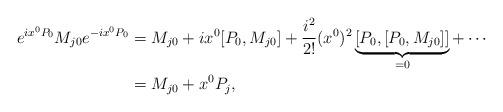
LaTeX: \begin{align*}e^{ix^{0}P_{0}}M_{j0} e^{-ix^{0}P_{0}}&=M_{j0}+ix^{0}[P_{0},M_{j0}]+\frac{i^2}{2!}(x^{0})^2\underbrace{ [P_{0},[P_{0},M_{j0}]]}_{=0}+\cdots\\&= M_{j0}+x^{0} P_{j}, \end{align*}